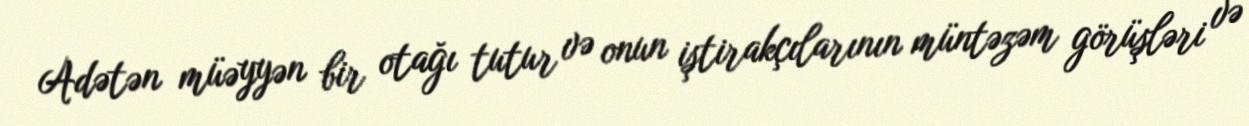
Adətən müəyyən bir otağı tutur və onun iştirakçılarının müntəzəm görüşləri və